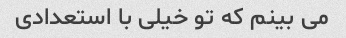
می بینم که تو خیلی با استعدادی